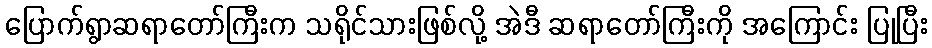
ပြောက်ရွာဆရာတော်ကြီးက သရိုင်သားဖြစ်လို့ အဲဒီ ဆရာတော်ကြီးကို အကြောင်း ပြုပြီး